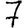
Digit: 7